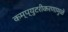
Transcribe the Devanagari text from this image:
कम्प्युटरीकरणामुळे